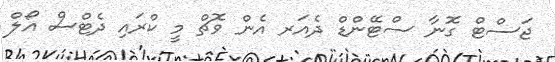
ޖަސްޓް ގޮނާ ސްޓޭންޑް ދެއަރ އެން ވޮޗް މީ ކްރައި ދެޓްސް އޯލް